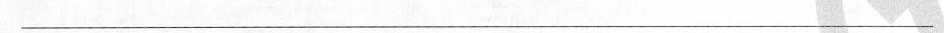
___